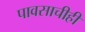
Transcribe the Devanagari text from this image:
पावसाचीही